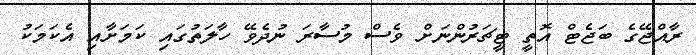
ރާއްޖޭގެ ބަޖެޓް އޮތީ ޓީޗަރުންނަށް ވެސް މުސާރަ ނުދެވޭ ހާލަތުގައި ކަމަށާއި އެކަމަކު